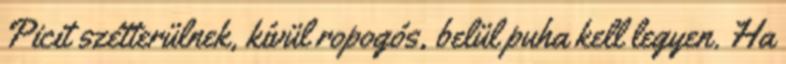
Picit szétterülnek, kívül ropogós, belül puha kell legyen. Ha